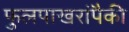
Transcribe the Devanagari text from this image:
फुलपाखरांपैकी